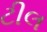
ટીલ